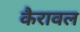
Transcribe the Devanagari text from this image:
कैरावल